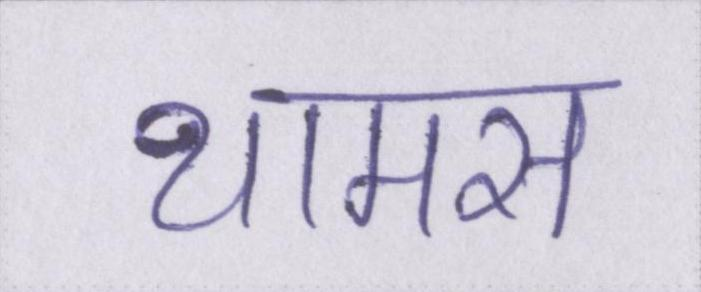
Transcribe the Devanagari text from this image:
थामस